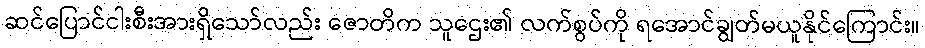
ဆင်ပြောင်ငါးစီးအားရှိသော်လည်း ဇောတိက သူဌေး၏ လက်စွပ်ကို ရအောင်ချွတ်မယူနိုင်ကြောင်း။